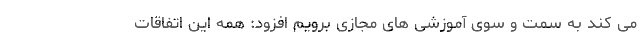
می کند به سمت و سوی آموزشی های مجازی برویم افزود: همه این اتفاقات